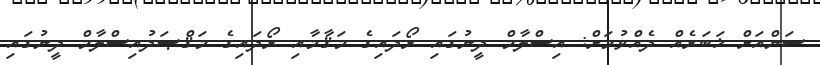
ސަންއަށް ޚަބަރެއް ދެއްވުމަށް: އިސްލާމް ދީނުގައި ރޯދައިގެ މަޤާމާއި ރޯދައިގެ މަޤްޞަދުއިސްލާމް ދީނުގައި